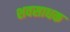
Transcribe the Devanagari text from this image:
शवसाधक